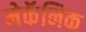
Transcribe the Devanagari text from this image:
मेकॅनिक